Civil Veterinary Department Bihar reports 1936-40 - 1936-1940
Year: 1936
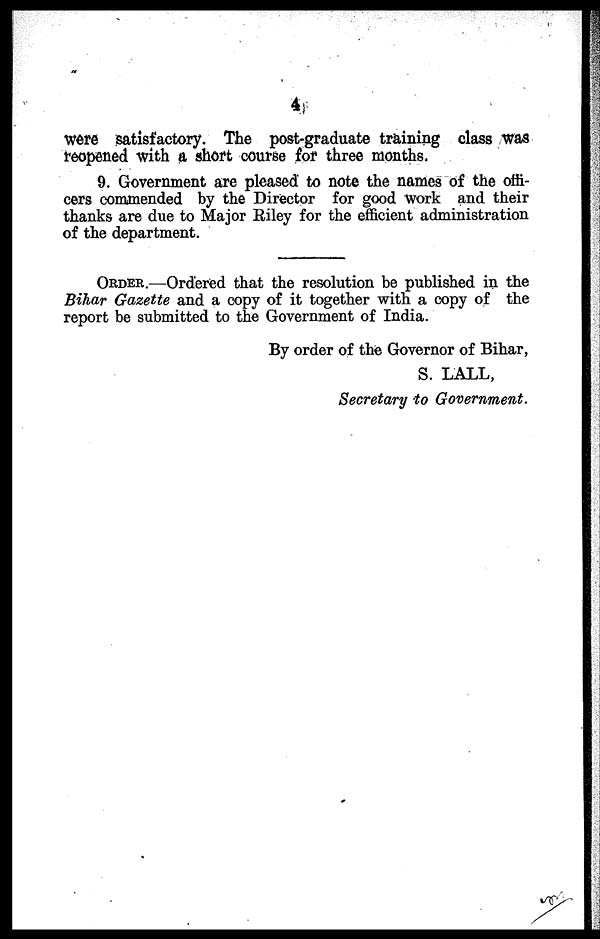
4
Were satisfactory. The post-graduate training class was
reopened with a short course for three months.
9. Government are pleased to note the names of the offi-
cers commended by the Director for good work and their
thanks are due to Major Riley for the efficient administration
of the department.
ORDER.—Ordered that the resolution be published in the
Bihar Gazette and a copy of it together with a copy of the
report be submitted to the Government of India.
By order of the Governor of Bihar,
S. LALL,
Secretary to Government.